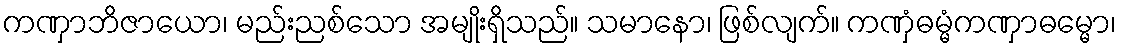
ကဏှာဘိဇာယော၊ မည်းညစ်သော အမျိုးရှိသည်။ သမာနော၊ ဖြစ်လျက်။ ကဏှံဓမ္မံကဏှာဓမ္မော၊